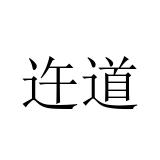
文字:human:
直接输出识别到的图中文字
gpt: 迕道